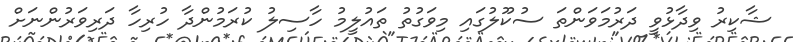
ޝާކިރު ވިދާޅުވީ ދަރުމަވަންތަ ސުކޫލުގައި މިވަގުތު ތައުލީމު ހާސިލު ކުރަމުންދާ ހުރިހާ ދަރިވަރުންނަށް